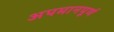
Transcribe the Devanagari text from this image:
अपमानपूर्ण